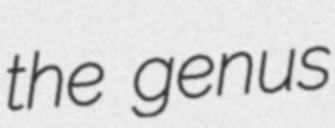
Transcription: the genus